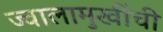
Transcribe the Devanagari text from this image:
ज्वालामुखींची